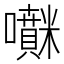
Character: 𡅊